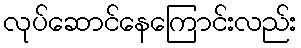
လုပ်ဆောင်နေကြောင်းလည်း